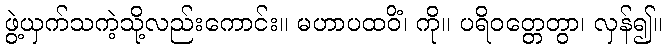
ဖွဲ့ယှက်သကဲ့သို့လည်းကောင်း။ မဟာပထဝိံ၊ ကို။ ပရိဝတ္တေတွာ၊ လှန်၍။